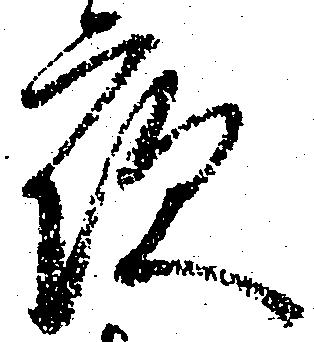
夜